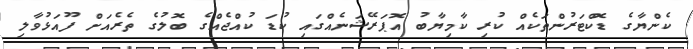
ކެންޔާގެ ޑޮކްޓަރުންތަކެއް ކުރި ކާމިޔާބު އޮޕަރޭޝަނެއްގައި ކުޑަ ކުއްޖެއްގެ ބޮލުގެ ތެރެއަށް ފޫއަޅުވާލި